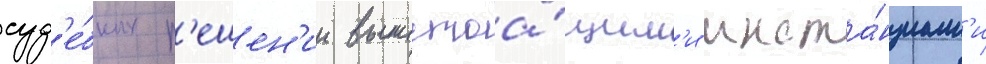
суд'е́бных р'ешен'ии вышестоа́щим'и инста́нциам'и